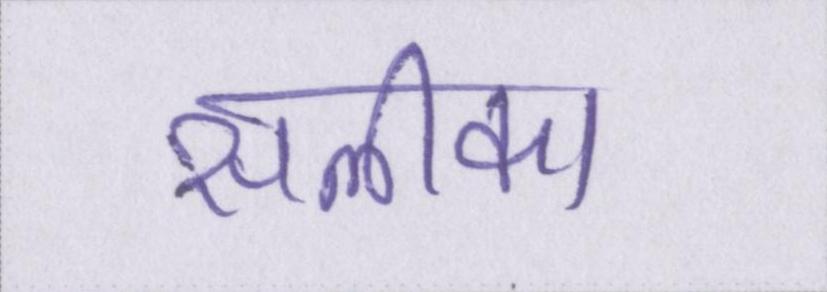
सलीका